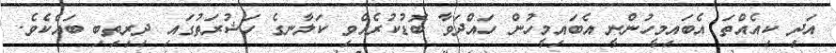
އަދި ކިއެއްތަ އެބައިމީހުންނީ އެބައިމީހުން ހައްދަވާ ބޮޑުކުރެއްވި ކަލާނގެ ހަޝުރަތުގައި ދިރިތިބި ބައެކެވެ.